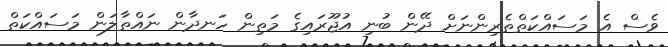
ވެސް އެ މަސައްކަތްތެރިންނަށް ދޭން ބުނި އުޖޫރައިގެ މަތިން ހަނދާން ނައްތާލަން މަސައްކަތް